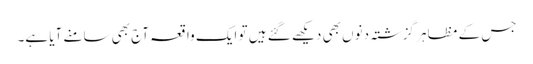
جس کے مظاہر گزشتہ دنوں بھی دیکھے گئے ہیں تو ایک واقعہ آج بھی سامنے آیا ہے۔